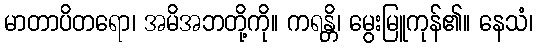
မာတာပိတရော၊ အမိအဘတို့ကို။ ကရန္တိ၊ မွေးမြူကုန်၏။ နေသံ၊